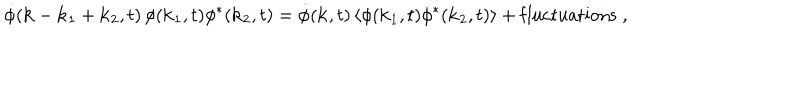
\dot { \phi } ( { \bf k } - { \bf k } _ { 1 } + { \bf k } _ { 2 } , t ) \, \phi ( { \bf k } _ { 1 } , t ) \phi ^ { * } ( { \bf k } _ { 2 } , t ) = \dot { \phi } ( { \bf k } , t ) \, \langle \phi ( { \bf k } _ { 1 } , t ) \phi ^ { * } ( { \bf k } _ { 2 } , t ) \rangle + \mathrm { f l u c t u a t i o n s } \; ,